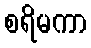
စရိမကာ